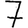
Digit: 7